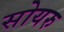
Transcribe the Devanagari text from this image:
सोयरु